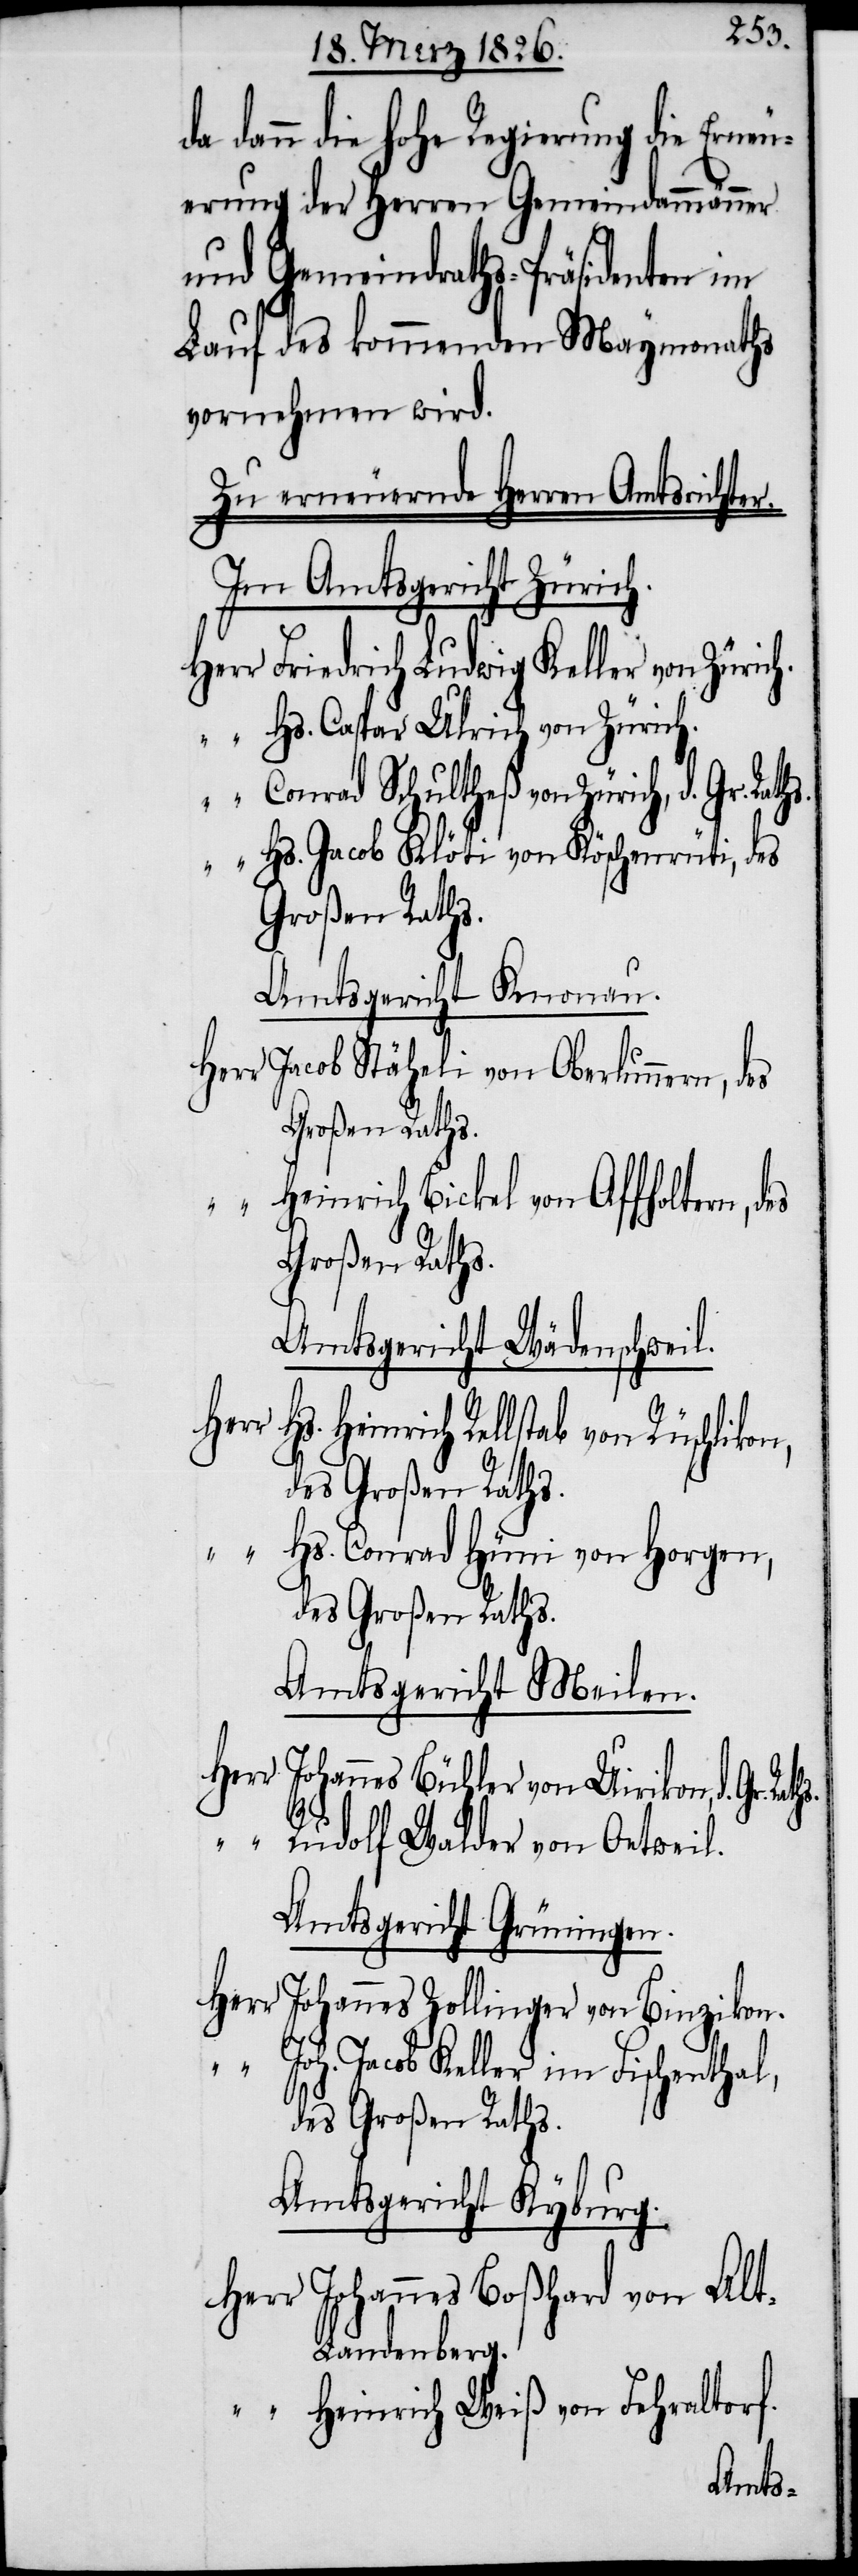
dann die hohe Regierung die Erne¬
uerung der Herren Gemeindammänner
und Gemeindraths-Präsidenten im
Lauf des kommenden Maymonaths
vornehmen wird.
Zu erneuernde Herren Amtsrichter.
Im Amtsgericht Zürich.
J¬
Herr Friedrich Ludwig Keller von Zürich.
“	Hs. Caspar Ulrich von Zürich.
“	Conrad Schultheß von Zürich, d. Gr.
“	Hs. Jacob Klöti von Köschenrüti, des
Großen Raths.
Amtsgericht Knonau.
Herr Jacob Stäheli von Oberlunnern,
Heinrich Bickel von Affholtern,
Amtsgericht Wädenschweil.
Herr
Heinrich Rellstab von Rüschliko¬
des Großen Raths.
“	Hs. Conrad Hüni von Horgen,
des Großen Raths.
Amtsgericht Meilen.
ohannes Büchler von Uirikon, d. Gr.
“	 Rudolf Walder von Oetweil.
Amtsgericht Grüningen.
Herr
Johannes Zollinger von Binzikon.
“	J¬
oh. Jacob Keller im Fischenthal,
des Großen Raths.
Amtsgericht Kyburg.
Herr Johannes Boßhard von Al¬
t-Landenberg.
“	Heinrich Weiß von Fehraltorf.